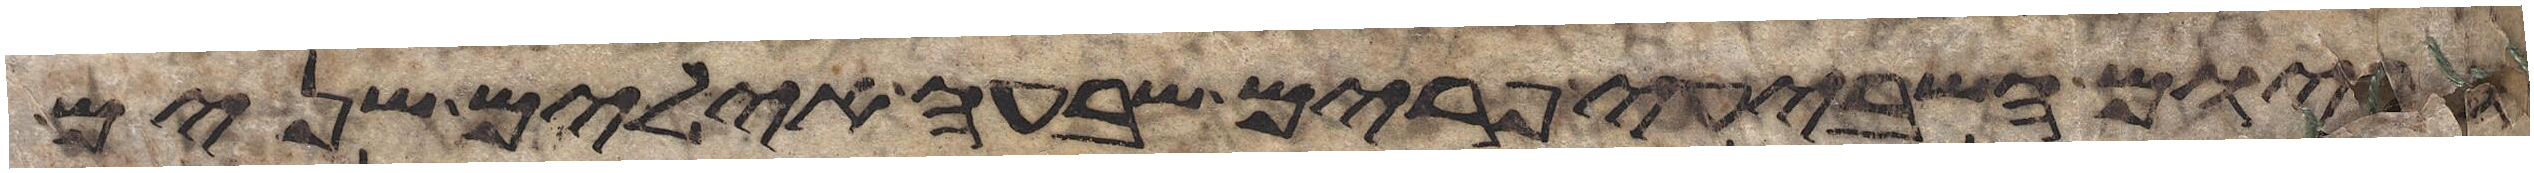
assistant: וביום השביעי פרים שבעה אילים שנים